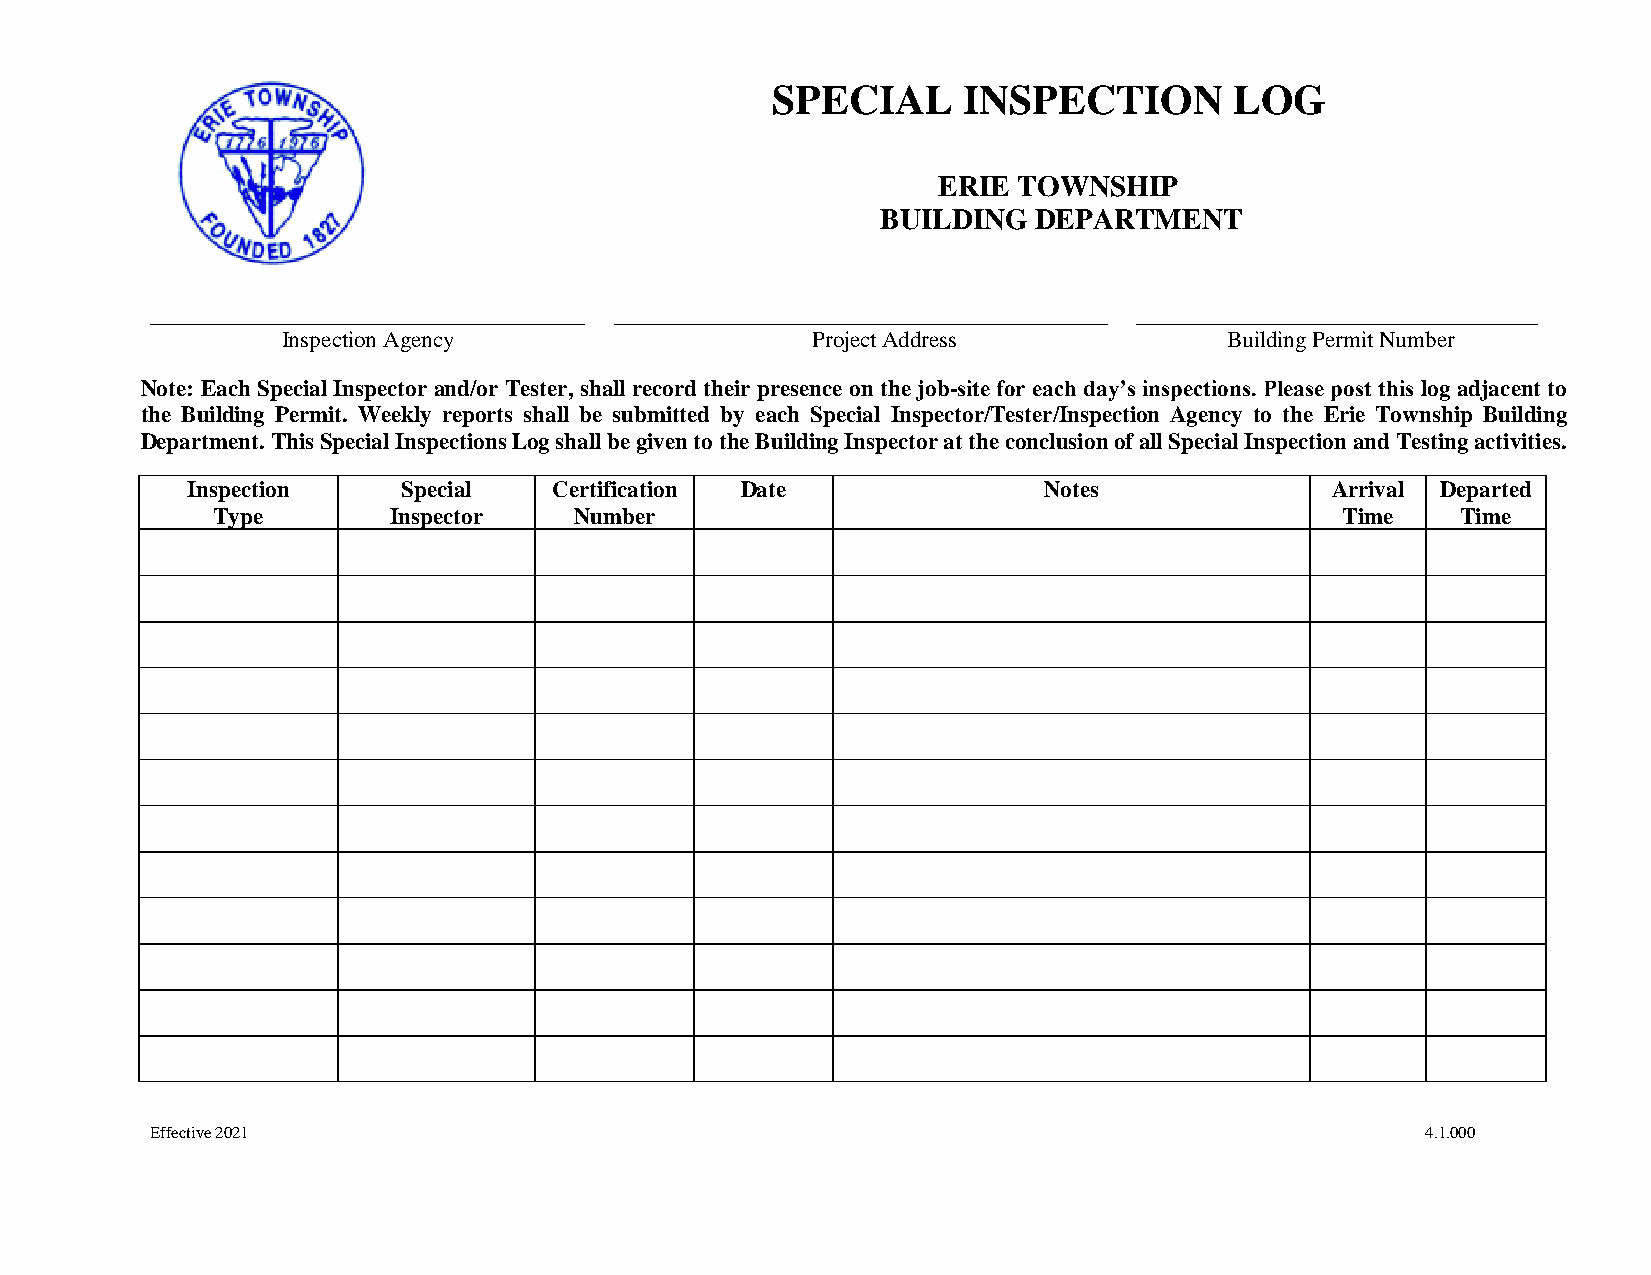
SPECIAL      INSPECTION        LOG
 ERIE TOWNSHIP
 BUILDING   DEPARTMENT
 ______________________________________ ___________________________________________ ___________________________________
 Inspection Agency                  Project Address            Building Permit Number
 Note: Each Special Inspector and/or Tester, shall record their presence on the job-site for each day’s inspections. Please post this log adjacent to
 the Building Permit. Weekly reports shall be submitted by each Special Inspector/Tester/Inspection Agency to the Erie Township Building
 Department. This Special Inspections Log shall be given to the Building Inspector at the conclusion of all Special Inspection and Testing activities.
 Inspection     Special   Certification Date              Notes              Arrival Departed
 Type        Inspector   Number                                             Time    Time
 Effective 2021                                                                      4.1.000